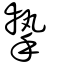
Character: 摯